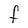
Character: F